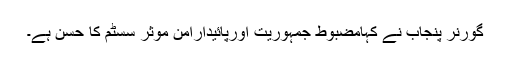
گورنر پنجاب نے کہامضبوط جمہوریت اورپائیداراًمن موثر سسٹم کا حُسن ہے۔